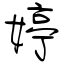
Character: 婷